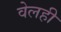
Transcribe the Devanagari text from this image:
वेलही